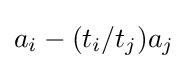
a_{i}-(t_{i}/t_{j})a_{j}